Treatise on elephants
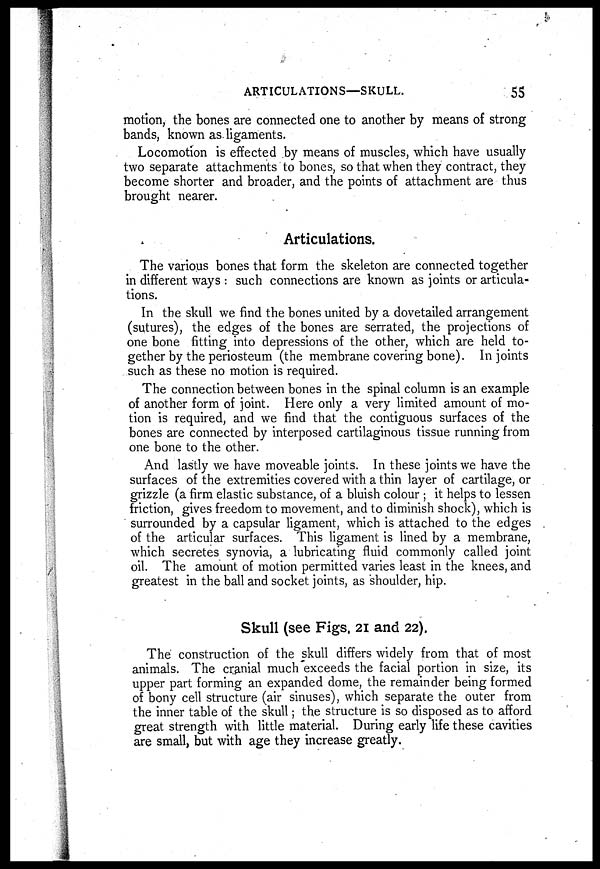
ARTICULATIONS—SKULL.
55
motion, the bones are connected one to another by means of strong
bands, known as ligaments.
Locomotion is effected by means of muscles, which have usually
two separate attachments to bones, so that when they contract, they
become shorter and broader, and the points of attachment are thus
brought nearer.
Articulations.
The various bones that form the skeleton are connected together
in different ways : such connections are known as joints or articula-
tions.
In the skull we find the bones united by a dovetailed arrangement
(sutures), the edges of the bones are serrated, the projections of
one bone fitting into depressions of the other, which are held to-
gether by the periosteum (the membrane covering bone). In joints
such as these no motion is required.
The connection between bones in the spinal column is an example
of another form of joint. Here only a very limited amount of mo-
tion is required, and we find that the contiguous surfaces of the
bones are connected by interposed cartilaginous tissue running from
one bone to the other.
And lastly we have moveable joints. In these joints we have the
surfaces of the extremities covered with a thin layer of cartilage, or
grizzle (a firm elastic substance, of a bluish colour ; it helps to lessen
friction, gives freedom to movement, and to diminish shock), which is
surrounded by a capsular ligament, which is attached to the edges
of the articular surfaces. This ligament is lined by a membrane,
which secretes synovia, a lubricating fluid commonly called joint
oil. The amount of motion permitted varies least in the knees, and
greatest in the ball and socket joints, as shoulder, hip.
Skull (see Figs. 21 and 22).
The construction of the skull differs widely from that of most
animals. The cranial much exceeds the facial portion in size, its
upper part forming an expanded dome, the remainder being formed
of bony cell structure (air sinuses), which separate the outer from
the inner table of the skull; the structure is so disposed as to afford
great strength with little material. During early life these cavities
are small, but with age they increase greatly.